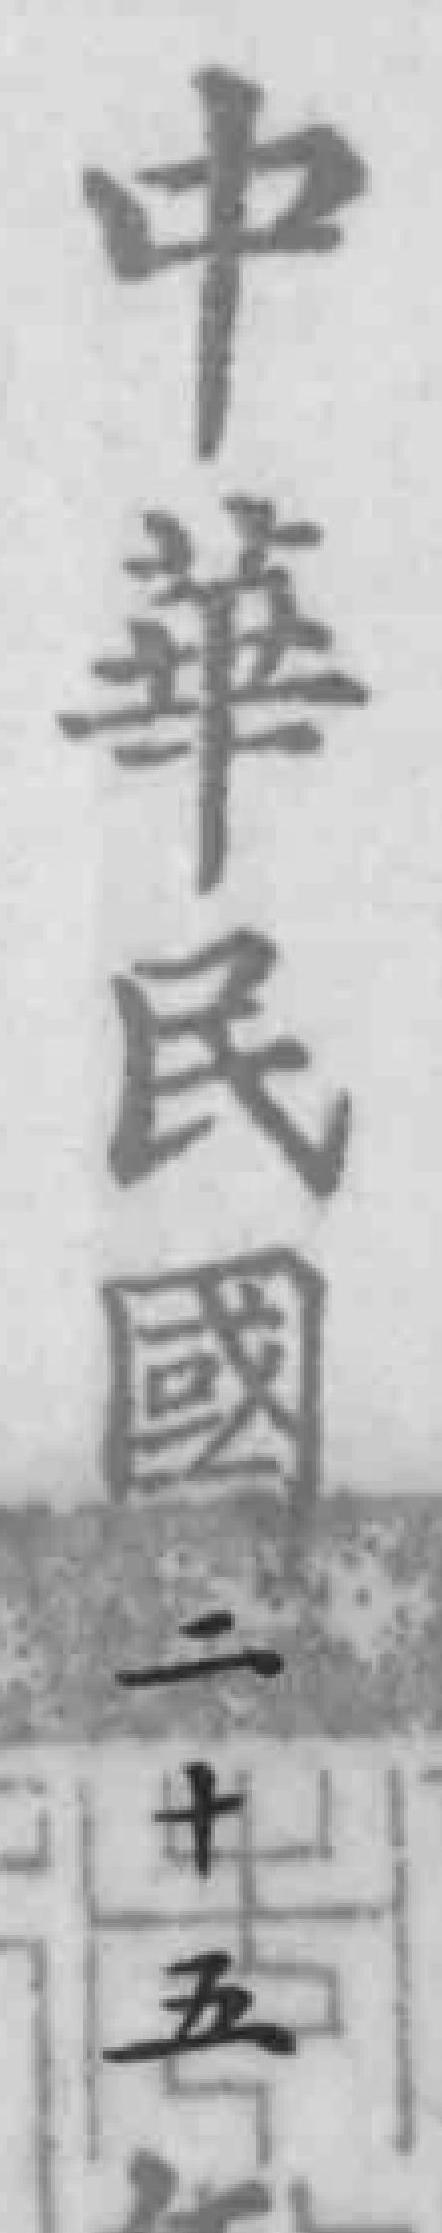
中華民國